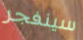
سينفجر